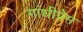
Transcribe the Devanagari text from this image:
गांधीप्रेम